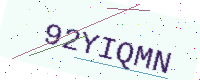
Text: 92YIQMN